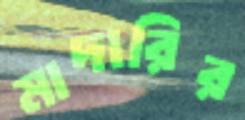
মাদারির